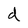
Character: d